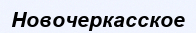
Новочеркасское